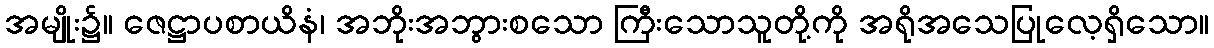
အမျိုး၌။ ဇေဋ္ဌာပစာယိနံ၊ အဘိုးအဘွားစသော ကြီးသောသူတို့ကို အရိုအသေပြုလေ့ရှိသော။